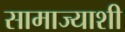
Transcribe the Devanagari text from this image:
सामाज्याशी